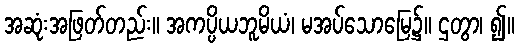
အဆုံးအဖြတ်တည်း။ အကပ္ပိယဘူမိယံ၊ မအပ်သောမြေ၌။ ဌတွာ၊ ၍။